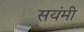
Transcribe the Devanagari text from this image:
सयंमी